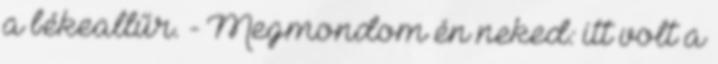
a békeallűr. - Megmondom én neked: itt volt a